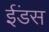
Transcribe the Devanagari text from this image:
ईंडस